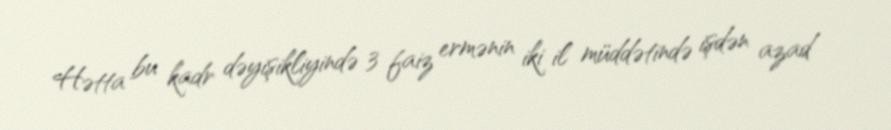
Hətta bu kadr dəyişikliyində 3 faiz ermənin iki il müddətində işdən azad